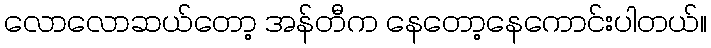
လောလောဆယ်တော့ အန်တီက နေတော့နေကောင်းပါတယ်။